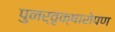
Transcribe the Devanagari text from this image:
पुनर्वृक्षारोपण